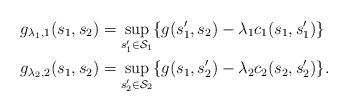
LaTeX: \begin{align*} g_{\lambda_1, 1}(s_1, s_2) & = \sup_{s_1' \in \mathcal{S}_1} \{g(s_1', s_2) - \lambda_1 c_1(s_1, s_1')\} \\ g_{\lambda_2, 2}(s_1, s_2) & = \sup_{s_2' \in \mathcal{S}_2} \{g(s_1, s_2') - \lambda_2 c_2(s_2, s_2')\}. \end{align*}